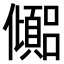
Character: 𫤉